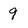
Character: 9